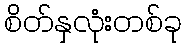
စိတ်နှလုံးတစ်ခု